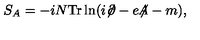
S _ { A } = - i N \mathrm { T r } \ln ( i { \not \! \partial } - e { \not \! \! A } - m ) ,